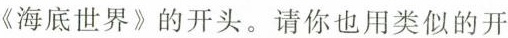
《海底世界》的开头。请你也用类似的开